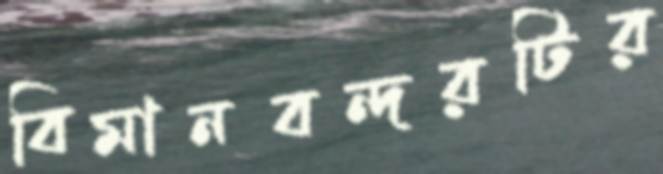
বিমানবন্দরটির